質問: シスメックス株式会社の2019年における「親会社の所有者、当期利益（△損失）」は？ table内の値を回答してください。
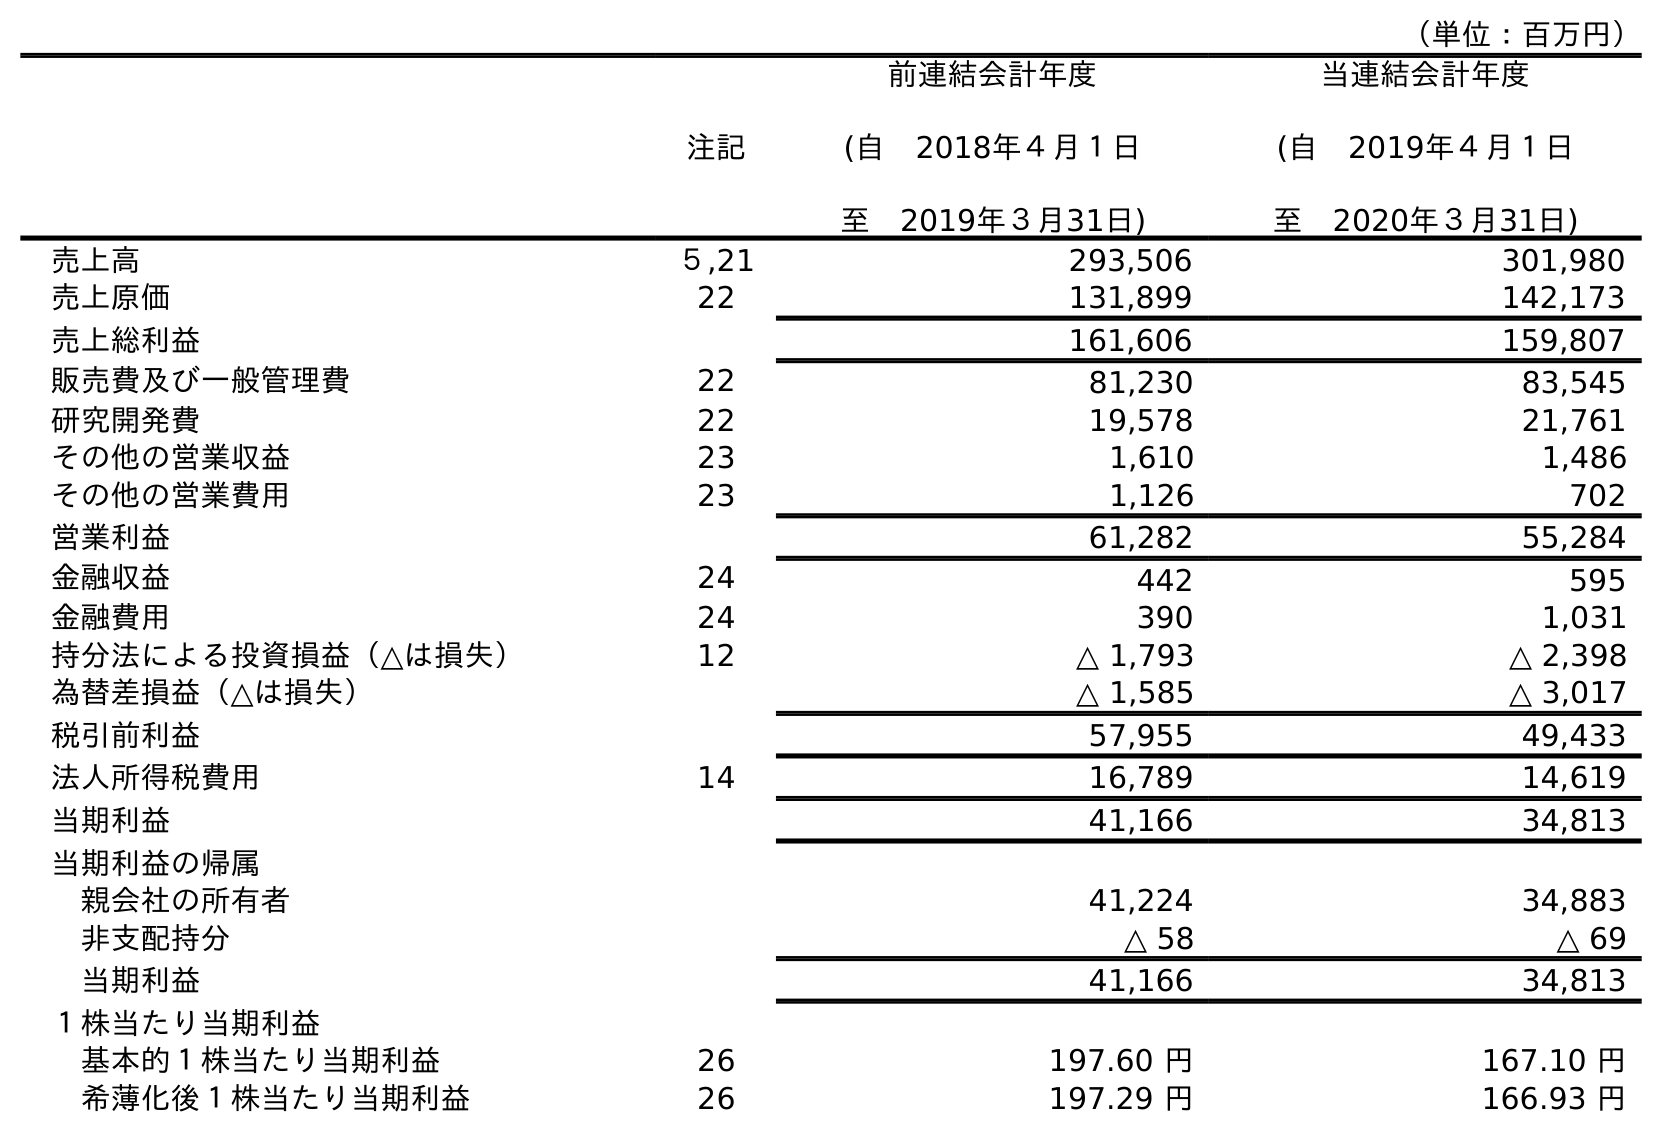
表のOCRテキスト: （単位：百万円） 注記 前連結会計年度 (自 2018年４月１日 至 2019年３月31日) 当連結会計年度 (自 2019年４月１日 至 2020年３月31日) 売上高 ５,21 293,506 301,980 売上原価 22 131,899 142,173 売上総利益 161,606 159,807 販売費及び一般管理費 22 81,230 83,545 研究開発費 22 19,578 21,761 その他の営業収益 23 1,610 1,486 その他の営業費用 23 1,126 702 営業利益 61,282 55,284 金融収益 24 442 595 金融費用 24 390 1,031 持分法による投資損益（△は損失） 12 △ 1,793 △ 2,398 為替差損益（△は損失） △ 1,585 △ 3,017 税引前利益 57,955 49,433 法人所得税費用 14 16,789 14,619 当期利益 41,166 34,813 当期利益の帰属 親会社の所有者 41,224 34,883 非支配持分 △ 58 △ 69 当期利益 41,166 34,813 １株当たり当期利益 基本的１株当たり当期利益 26 197.60 円 167.10 円 希薄化後１株当たり当期利益 26 197.29 円 166.93 円
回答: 41,224